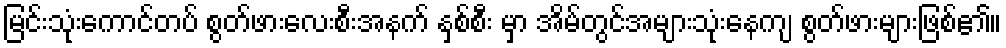
မြင်းသုံးကောင်တပ် စွတ်ဖားလေးစီးအနက် နှစ်စီး မှာ အိမ်တွင်အများသုံးနေကျ စွတ်ဖားများဖြစ်၏။